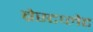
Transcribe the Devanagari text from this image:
ब्रेस्टप्लेट